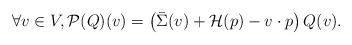
LaTeX: \begin{align*}\forall v \in V, \mathcal{P}(Q)(v) = \left( \bar \Sigma(v) + \mathcal{H}(p) - v \cdot p \right) Q(v).\end{align*}